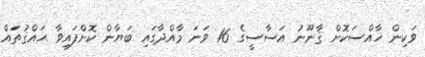
ވަކިން ޚާއްސަކޮށް ޤާނޫނު އަސާސީގެ 16 ވަނަ މާއްދާގައި ބަޔާން ކޮޮށްފައިވާ ޙައްޤުތައް